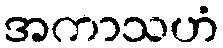
အကာသဟံ